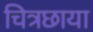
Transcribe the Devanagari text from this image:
चित्रछाया